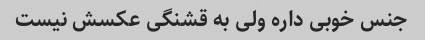
جنس خوبی داره ولی به قشنگی عکسش نیست